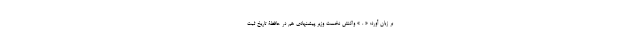
بر زبان آورد: « . » واکنش نخست وزیر پیشنهادی هم در حافظۀ تاریخ ثبت